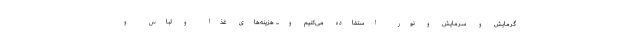
گرمایش و سرمایش و نور استفاده می‌کنیم و... هزینه‌های غذا و لباس و